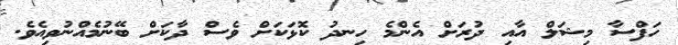
ހަފްސާ މިޝަލް އާއި ދުރަށް އެންމެ ހިނދު ކޮޅަކަށް ވެސް ދާކަށް ބޭނުމެއްނުވިއެވެ.